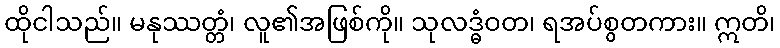
ထိုငါသည်။ မနုဿတ္တံ၊ လူ၏အဖြစ်ကို။ သုလဒ္ဓံဝတ၊ ရအပ်စွတကား။ ဣတိ၊